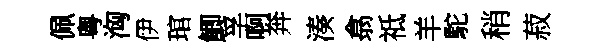
佩粤洶伊琯鯽孚啊奔湊翕祗羊駝稍菽